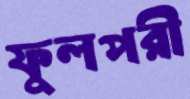
ফুলপরী